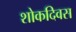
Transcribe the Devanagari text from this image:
शोकदिवस